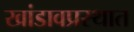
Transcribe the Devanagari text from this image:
खांडावप्रस्थात